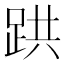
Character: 𫏇